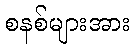
စနစ်များအား